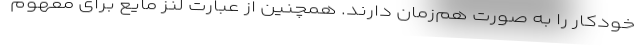
خودکار را به صورت هم‌زمان دارند. همچنین از عبارت لنز مایع برای مفهوم